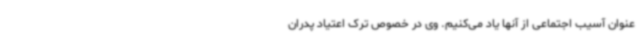
عنوان آسیب اجتماعی از آنها یاد می‌کنیم. وی در خصوص ترک اعتیاد پدران